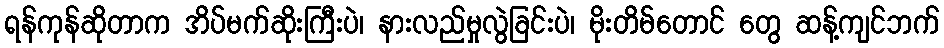
ရန်ကုန်ဆိုတာက အိပ်မက်ဆိုးကြီးပဲ၊ နားလည်မှုလွဲခြင်းပဲ၊ မိုးတိမ်တောင် တွေ ဆန့်ကျင်ဘက်